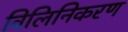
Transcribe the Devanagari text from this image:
विलिनिकरण